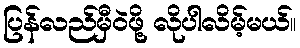
ပြန်လည်မှီဝဲဖို့ လိုပါလိမ့်မယ်။